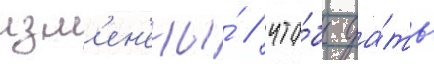
изм'ен'ены́ / что́бы да́ть